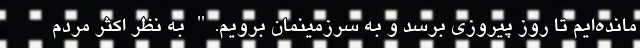
مانده‌ایم تا روز پیروزی برسد و به سرزمینمان برویم." به نظر اکثر مردم